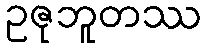
ဥဇုဘူတဿ